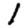
Digit: 1